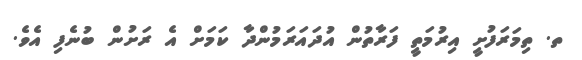
ތ. ތިމަރަފުށީ އިރުމަތީ ފަރާތުން އުދައަރަމުންދާ ކަމަށް އެ ރަށުން ބުނެފި އެވެ.